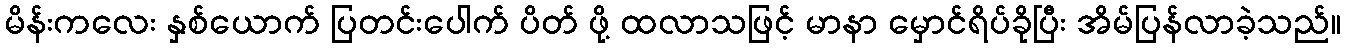
မိန်းကလေး နှစ်ယောက် ပြတင်းပေါက် ပိတ် ဖို့ ထလာသဖြင့် မာနာ မှောင်ရိပ်ခိုပြီး အိမ်ပြန်လာခဲ့သည်။